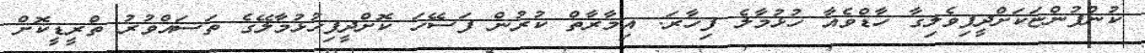
ކުންފުންޏަކަށްދީފިވެލިގާ ހާޑްވެއާ ހުޅުމާލެ ފިހާރަ: އިމާރާތް ކުރުން ފަސޭހަ ކޮށްދީފިހުޅުމާލޭގެ ތަސައްވުރު ތްރީޑީކޮށް